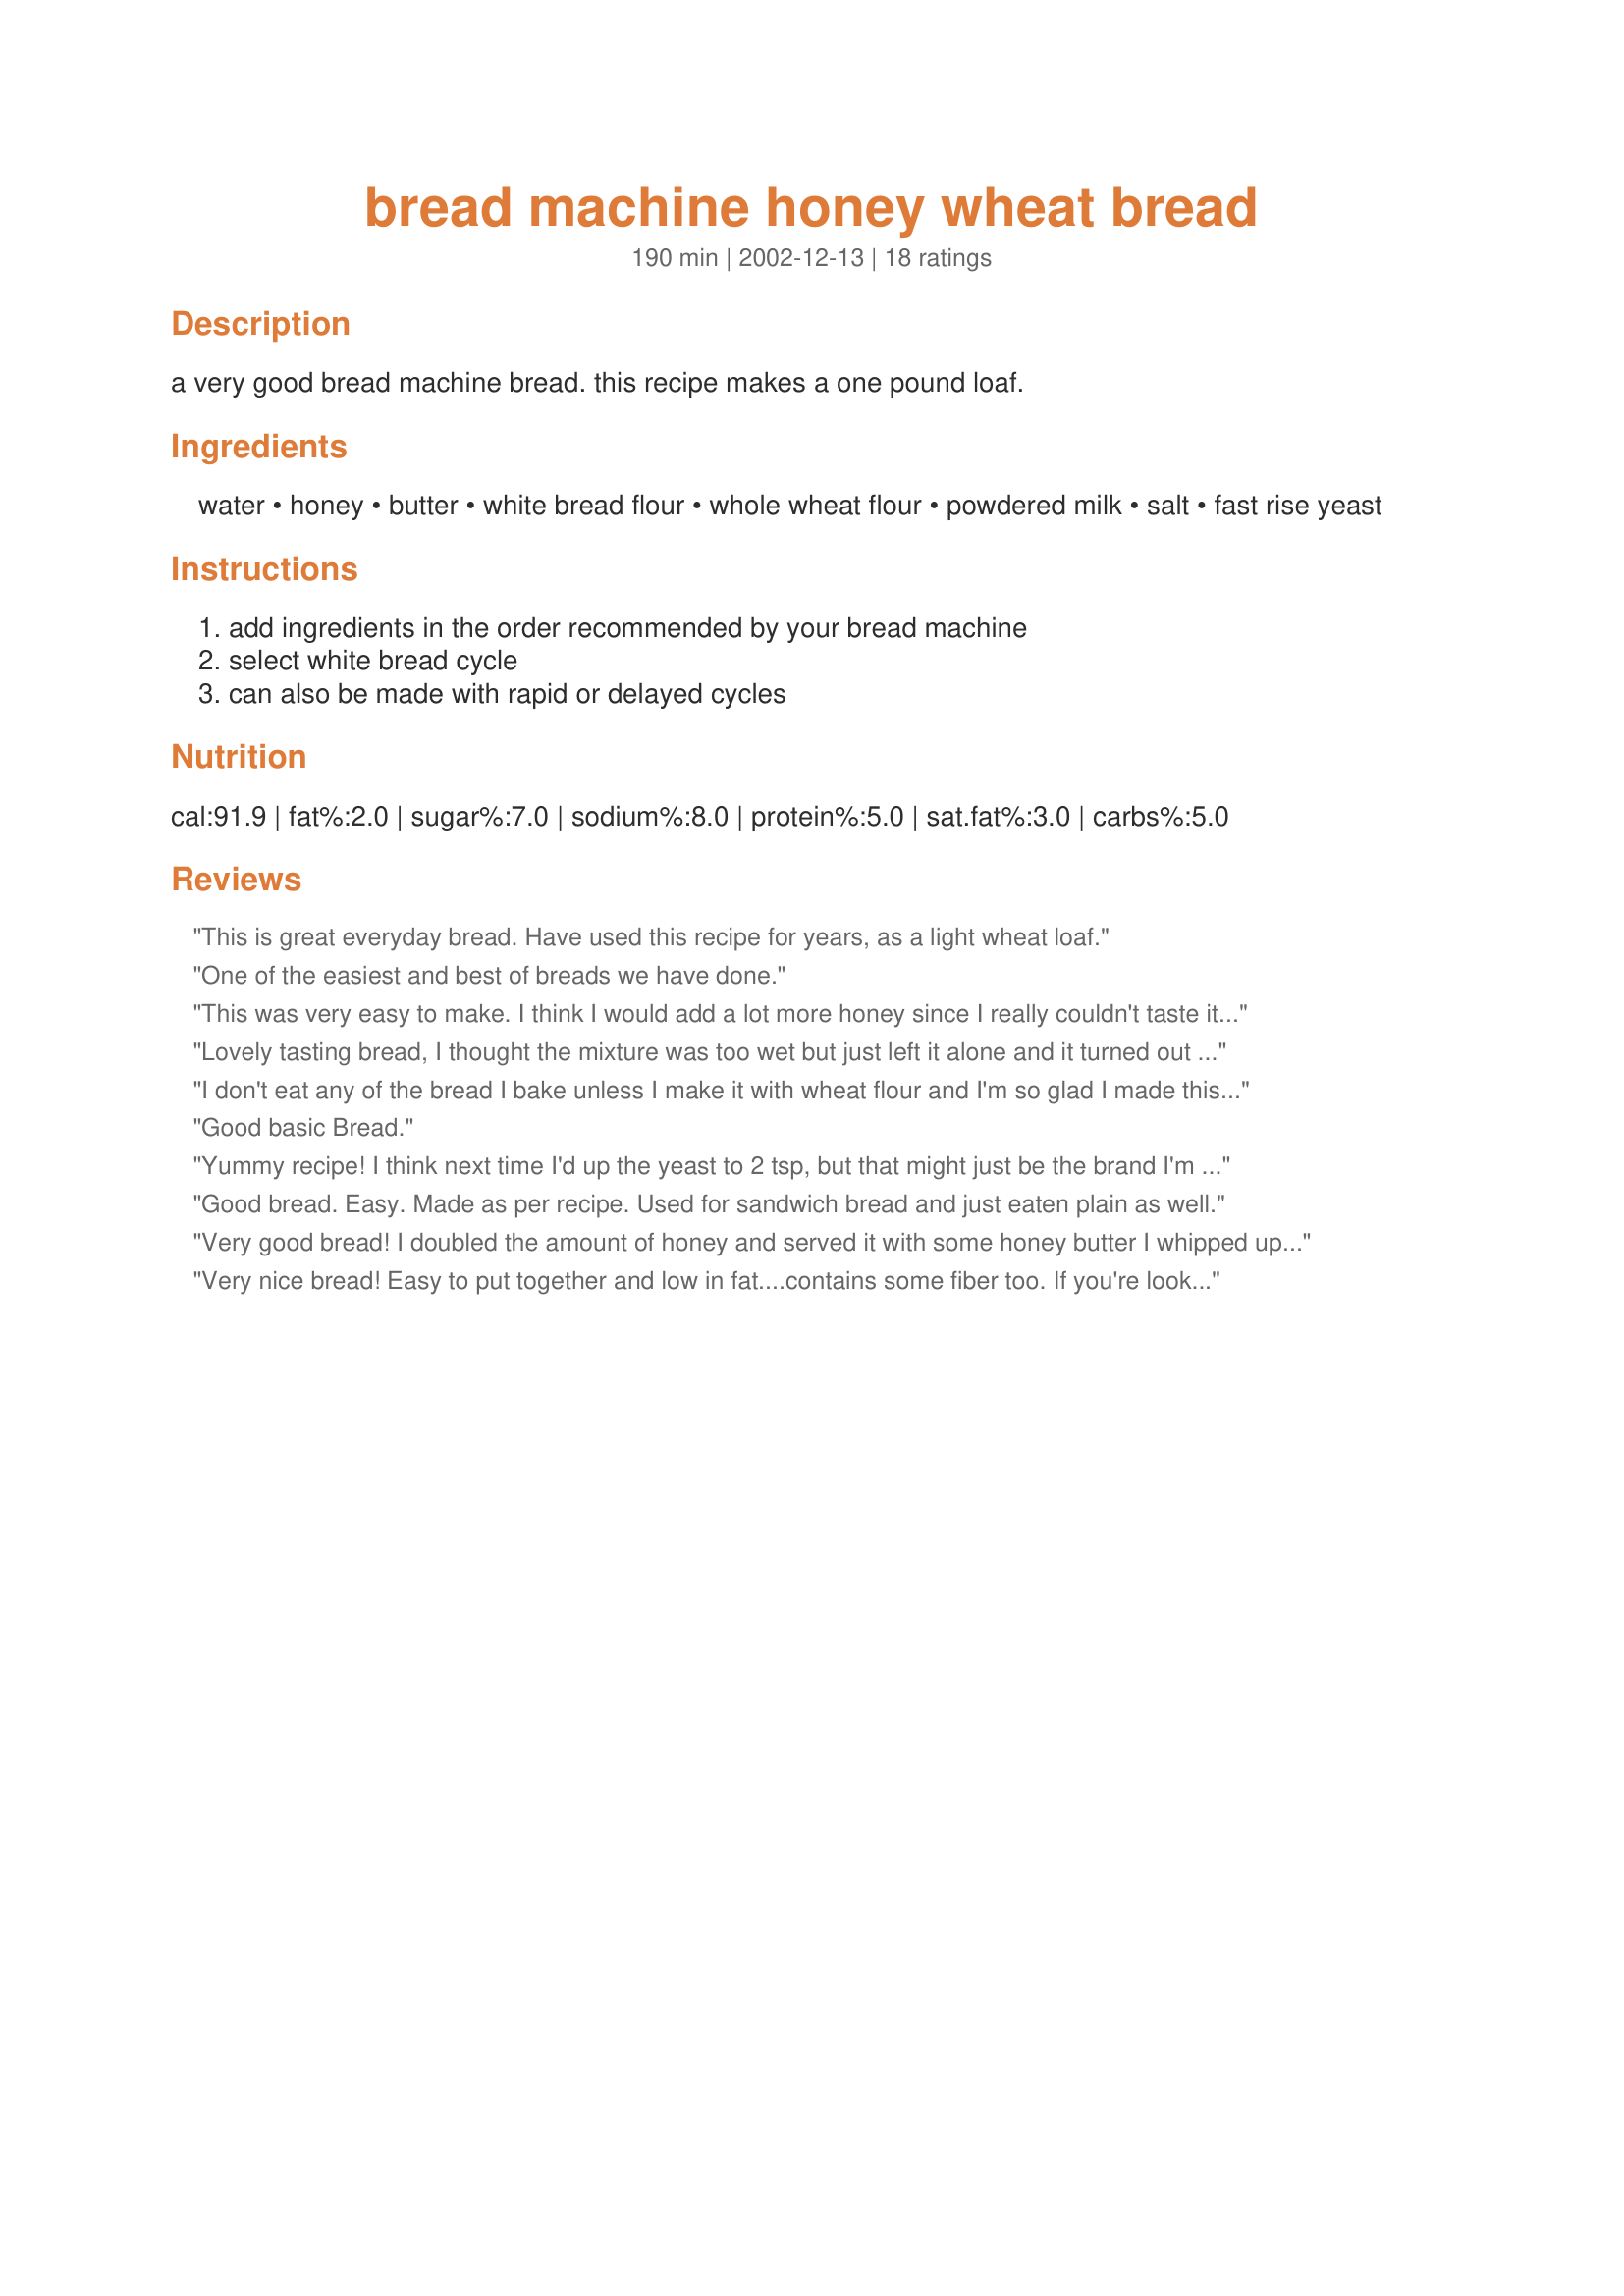
bread machine honey wheat bread
Preparation time: 190 minutes

a very good bread machine bread. this recipe makes a one pound loaf.

Ingredients:
water, honey, butter, white bread flour, whole wheat flour, powdered milk, salt, fast rise yeast

Steps:
add ingredients in the order recommended by your bread machine, select white bread cycle, can also be made with rapid or delayed cycles

Reviews:
This is great everyday bread. Have used this recipe for years, as a light wheat loaf.
One of the easiest and best of breads we have done.
This was very easy to make. I think I would add a lot more honey since I really couldn't taste it. I also didn't have powdered milk so I actually used baby formula instead.
Lovely tasting bread, I thought the mixture was too wet but just left it alone and it turned out fine.
I really like the addition of honey in bread machine loaves.
Thanks for sharing this recipe.
I don't eat any of the bread I bake unless I make it with wheat flour and I'm so glad I made this loaf. It was delicious!
Good basic Bread.
Yummy recipe! I think next time I'd up the yeast to 2 tsp, but that might just be the brand I'm using. I also doubled the amount of honey to 2T. Overall, it's an easy, delicious recipe, and I'll definitely be making it again.
Good bread. Easy. Made as per recipe. Used for sandwich bread and just eaten plain as well.
Very good bread! I doubled the amount of honey and served it with some honey butter I whipped up! YUM!!
Very nice bread! Easy to put together and low in fat....contains some fiber too. If you're looking for the small one pound loaf, this is one to try. Thanks!
This was very good. I did have to add a little extra flour as the dough was very wet. I will be making it again. Thanks for this good recipe!
really nice bread. Simple to make, No fuss! Although I usually like a larger loaf than this made, so next time I might double it. Also I used all whole wheat flour and tasted wonderful!!!
Holy moly...The best bread I&#039;ve ever made!! I put in less salt (1/2 tsp instead of 1 tsp). It was golden and DE-LICIOUS! My 4 year old kept wanting more and more bread, and my 10 month old ate all the little bread nibblets I broke for him. That bread was on its last third in less than 5 minutes out of the bread machine. Will make again!
Fabulous Bread! DH and I loved it! We grind our own wheat so the only change I made was to use 2 cups Whole Wheat (Hard White) plus 1 Tablespoon Gluten, otherwise I followed as directed. The loaf was small, as others mentioned (about 1 pound) but made up for it in taste and texture. It was only slightly on the dense side, was tender and moist but the overall flavor was very light and not too "earthy" which is what I prefer, especially in an everyday sandwich bread. Great bread and one I'll come back to again and again!
Pretty good. Next time I would add more honey, because I couldn't tell it was there. Toast up nicely.
Based on other reviewer's comments, I doubled the honey to 2 tablespoons. After the dough cycle completed, I took it out of the machine and let it rise for about 25 minutes in an 8 inch loaf pan and then baked it at 375 degrees for about 30 minutes. It is a great bread that I will make again.
This baked up beautifully -- gorgeous golden crust. Taste was good, but was quite crumbly inside. Maybe next time I'll try a higher % of wheat flour to try to make it more dense?
This is a a great recipe. We love HONEY so I added a little extra. It has such a wonderful flavor and the aroma when baking.............WOW!
